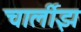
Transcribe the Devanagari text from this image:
चार्लीझ